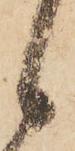
候